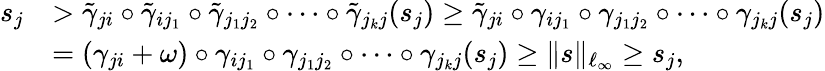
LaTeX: \begin{array}{rl}{s_{j}}&{>\tilde{\gamma}_{ji}\circ\tilde{\gamma}_{ij_{1}}\circ\tilde{\gamma}_{j_{1}j_{2}}\circ\cdots\circ\tilde{\gamma}_{j_{k}j}(s_{j})\geq\tilde{\gamma}_{ji}\circ\gamma_{ij_{1}}\circ\gamma_{j_{1}j_{2}}\circ\cdots\circ\gamma_{j_{k}j}(s_{j})}\\ &{=(\gamma_{ji}+\omega)\circ\gamma_{ij_{1}}\circ\gamma_{j_{1}j_{2}}\circ\cdots\circ\gamma_{j_{k}j}(s_{j})\geq\| s\| _{\ell_{\infty}}\geq s_{j},}\end{array}